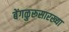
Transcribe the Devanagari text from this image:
बेंगळुरूसारख्या